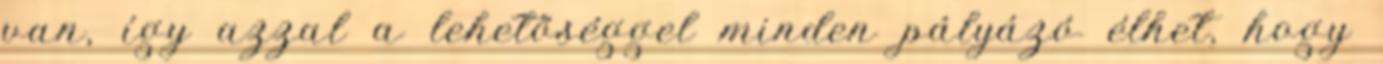
van, így azzal a lehetőséggel minden pályázó élhet, hogy